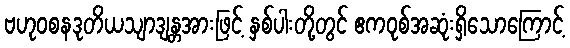
ဗဟုဝစနဒုတိယသျာဒျန္တအားဖြင့် နှစ်ပါးတို့တွင် ဧကဝုစ်အဆုံးရှိသောကြောင့်